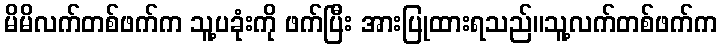
မိမိလက်တစ်ဖက်က သူ့ပခုံးကို ဖက်ပြီး အားပြုထားရသည်။သူ့လက်တစ်ဖက်က